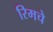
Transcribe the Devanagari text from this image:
रिमचे